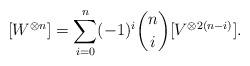
LaTeX: \begin{align*} [W^{\otimes n}] = \sum_{i=0}^n (-1)^i \binom{n}{i} [V^{\otimes 2(n-i)}].\end{align*}